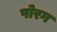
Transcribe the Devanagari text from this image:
पोरग